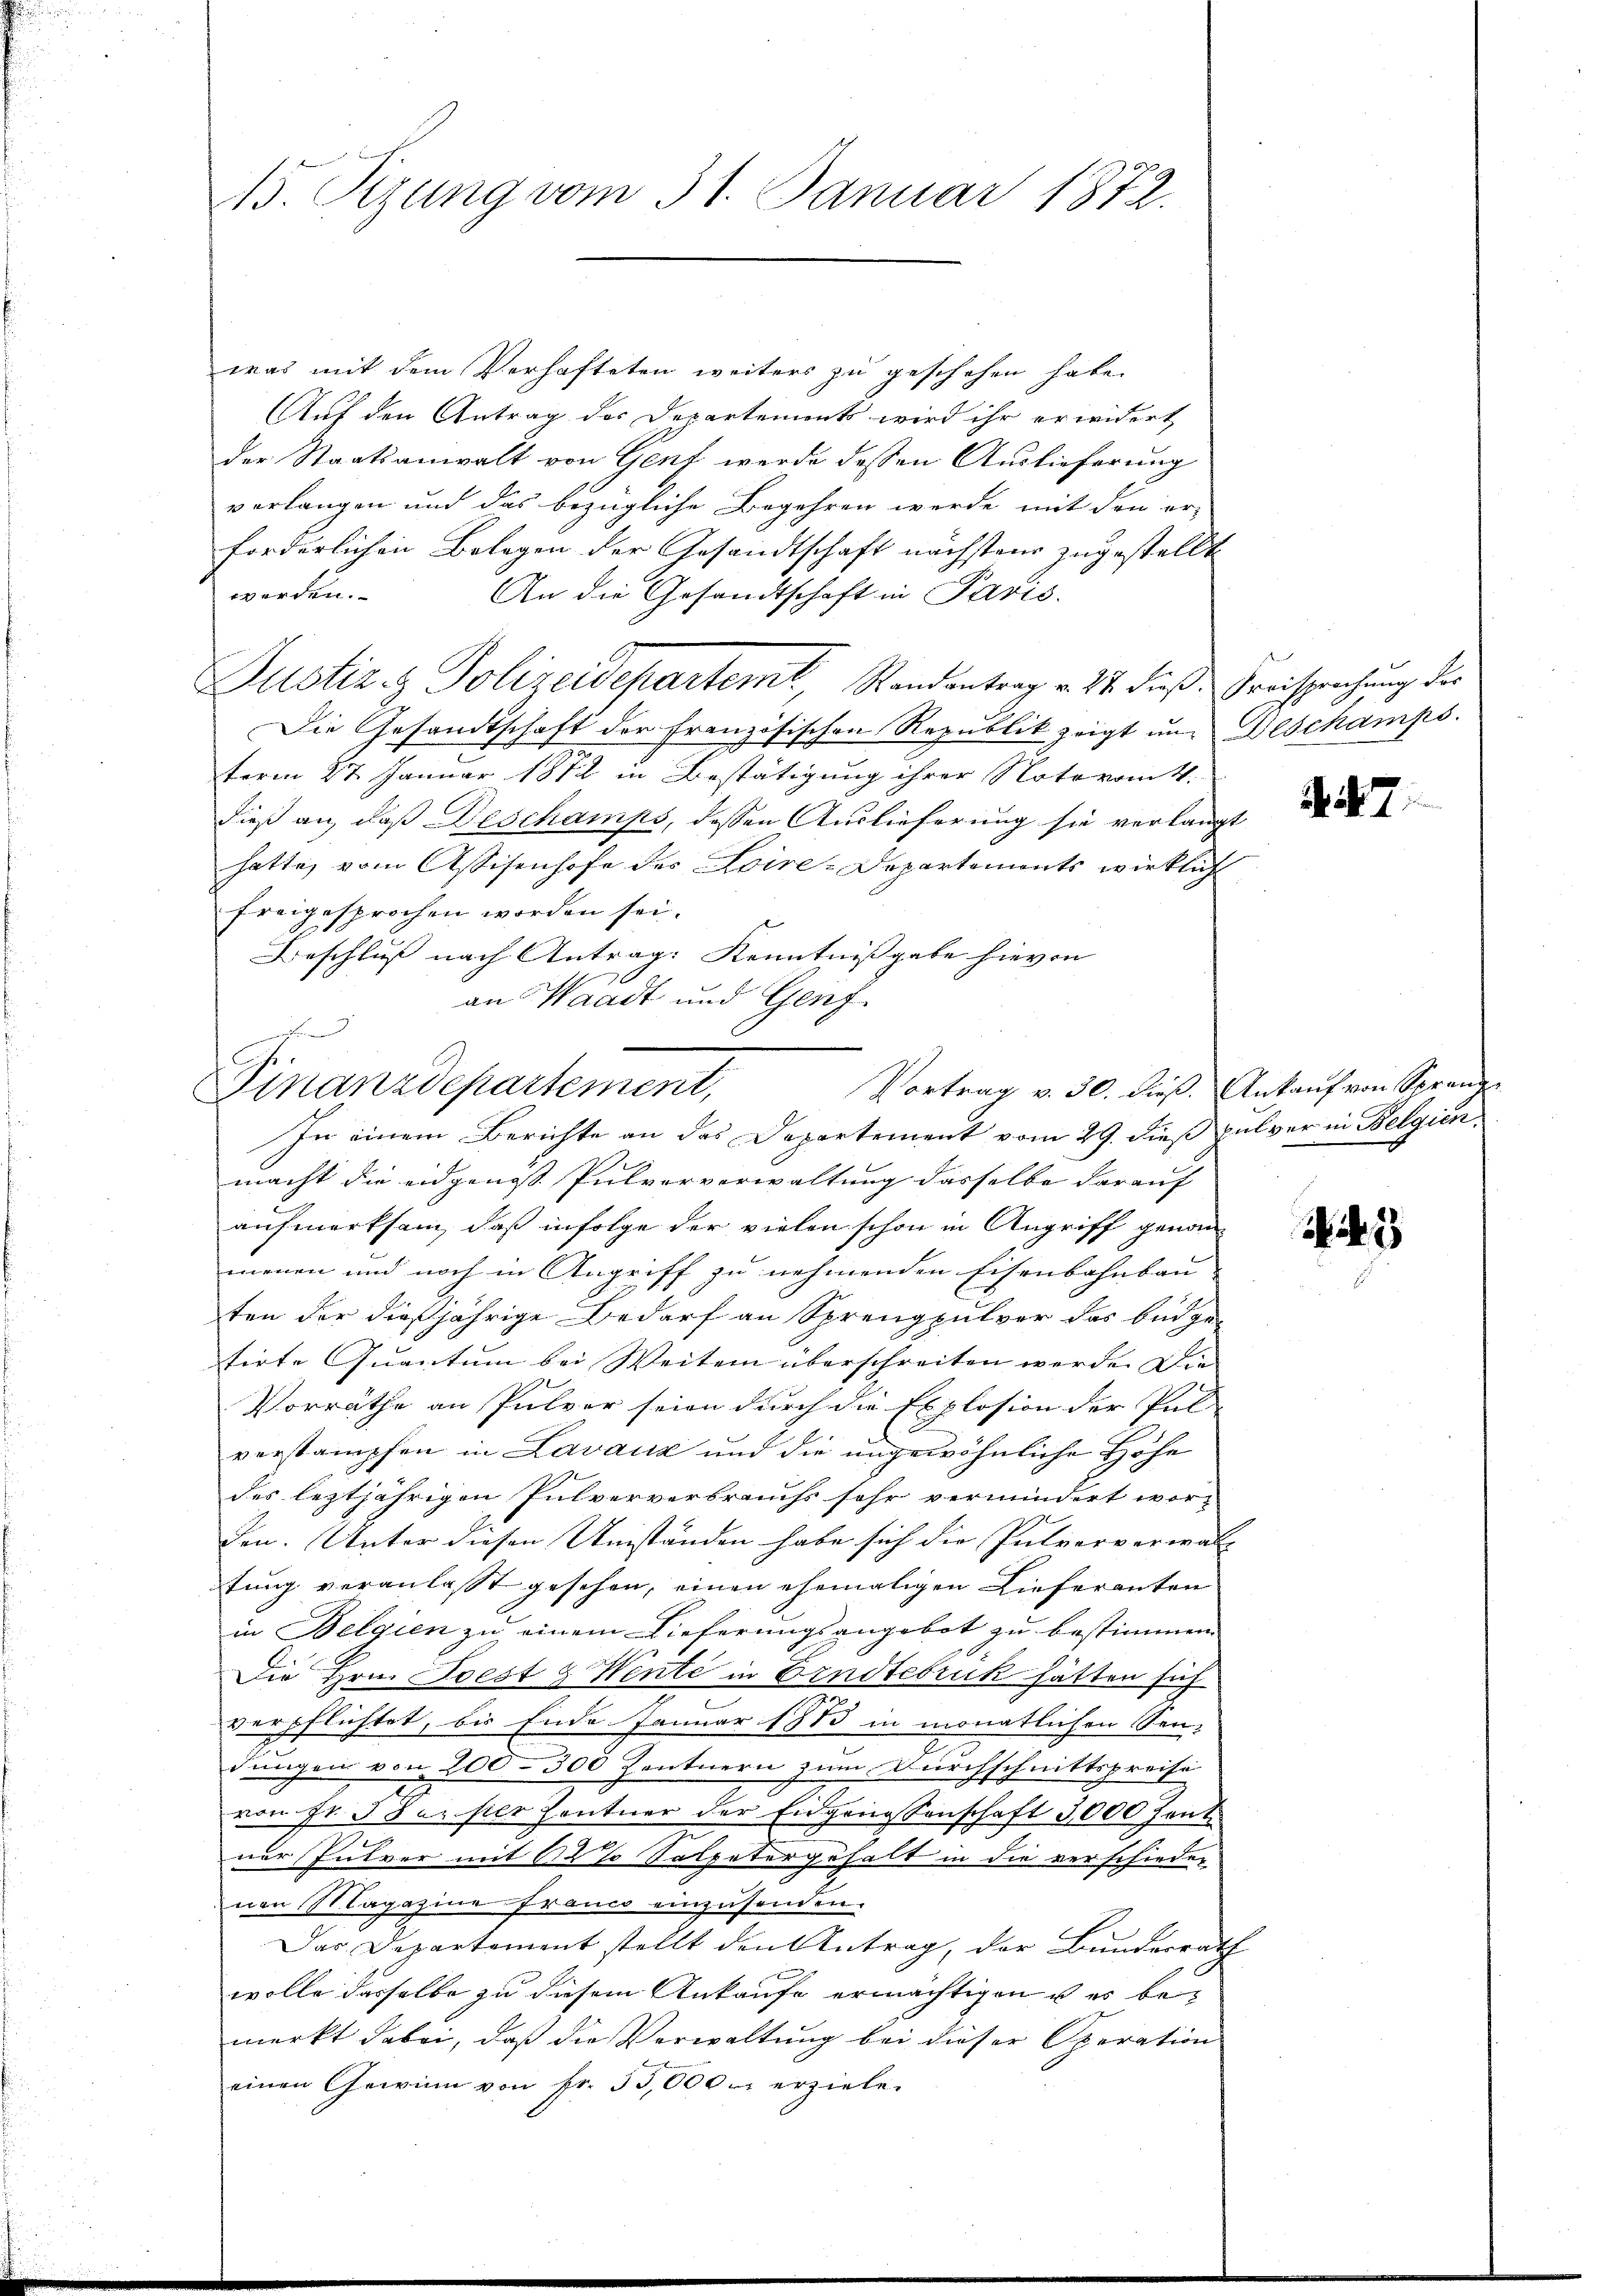
15. Sizung vom 31. Januar 1872.

s
Vortrag v. 30. dieß. Ankauf von Spranz
Finanzdepartement,

was mit dem Verhafteten weiters zu geschehen habe.
Auf den Antrag des Departements wird ihr erwidert,
der Staatsanwalt von Gent werde dessen Auslieferung
verlangen und das bezügliche Begehren werde mit den er-
forderlichen Belegen der Gesandtschaft nächsten zugestellt
werden.
An die Gesandtschaft in Paris.
Justiz & Polizeidepartem Randantrag v. 24. dieß. Freisprechung des
Die Gesandtschaft der Französischen Republik zeigt und Beschamps.
term 27. Januar 1882 in Bestätigung ihrer Noteramt.
dieß an, daß Deschamps, dessen Auslieferung sie verlangt
hatte, vom Assisenhofe des Loire-Departements wirklich
freigesprochen worden sei.
Beschluß nach Antrag: Kenntnißgabe hievon
an Waadt und Genf
In einem Berichte an das Departement vom 29. dieß pulver in Belgien
macht die eidgenoss. Pulververwaltung dasselbe darauf |
aufmerksam, daß infolge der vielen schon in Angriff genommenen und noch in Angriff zu nehmenden Eisenbahnbau- |
ten der dießjährige Bedarf an Sprengpulver das Büdgetirte Quantum bei Weiten überschreiten werde. Die
.
Vorräthe an Pulver seien durch die Explosion der Pul
e
verstampfen in Lavaux und die ungewöhnliche Höhe
des leztjährigen Pulververbrauchs sehr vermindert wor-
Jen. Unter diesen Umständen habe sich die Pulververwalt |
tung veranlasst gesehen, einen ehemaligen Lieferanten
in Belgien zu einem Lieferungsangebot zu bestimmen
Die Hrn. Poest & Wente in Erndtebruk hätten sich
verpflichtet, bis Ende Januar 1883 in monatlichen Sen-
dungen von 200–300 Zentnern zum Durchschnittspreise
von Fr. 3 Senser Zentner der Eidgenossenschaft 3000 Zent
ner Pulver mit 12 % Salpetergehalt in die verschieden
von Magazine Franco einzusenden.
Das Departement stellt den Antrag, der Bundesrath
wolle dasselbe zu diesem Ankaufe ermächtigen u es bemerkt dabei, daß die Verwaltung bei dieser Operation
einen Gewinn von Fr. 53,000. erziele.

7

3